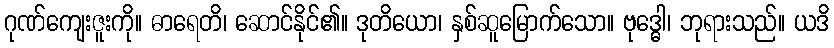
ဂုဏ်ကျေးဇူးကို။ ဓာရေတိ၊ ဆောင်နိုင်၏။ ဒုတိယော၊ နှစ်ဆူမြောက်သော။ ဗုဒ္ဓေါ၊ ဘုရားသည်။ ယဒိ